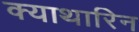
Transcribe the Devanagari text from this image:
क्याथारिन